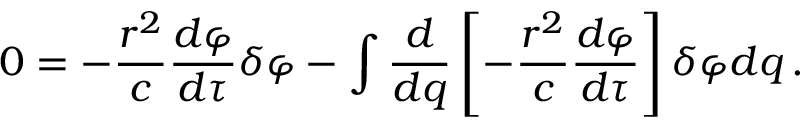
0 = - { \frac { r ^ { 2 } } { c } } { \frac { d \varphi } { d \tau } } \delta \varphi - \int { { \frac { d } { d q } } \left[ - { \frac { r ^ { 2 } } { c } } { \frac { d \varphi } { d \tau } } \right] \delta \varphi d q } \, .